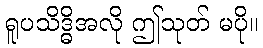
ရူပသိဒ္ဓိအလို ဤသုတ် မပို။